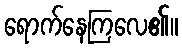
ရောက်နေကြလေ၏။